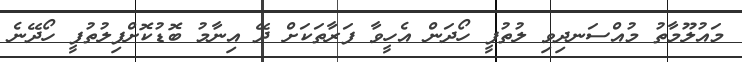
މައުލޫމާތު މުއްސަނދިވި ލުތުފީ ހޯދަން އެހީވާ ފަރާތަކަށް ދޭ އިނާމު ބޮޑުކޮށްފިލުތުފީ ހޯދޭނެ